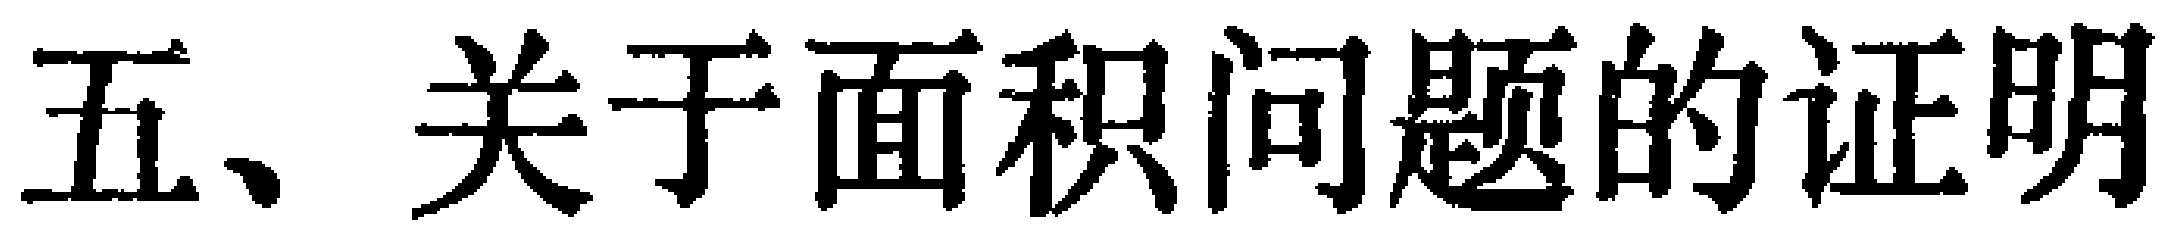
五、关于面积问题的证明